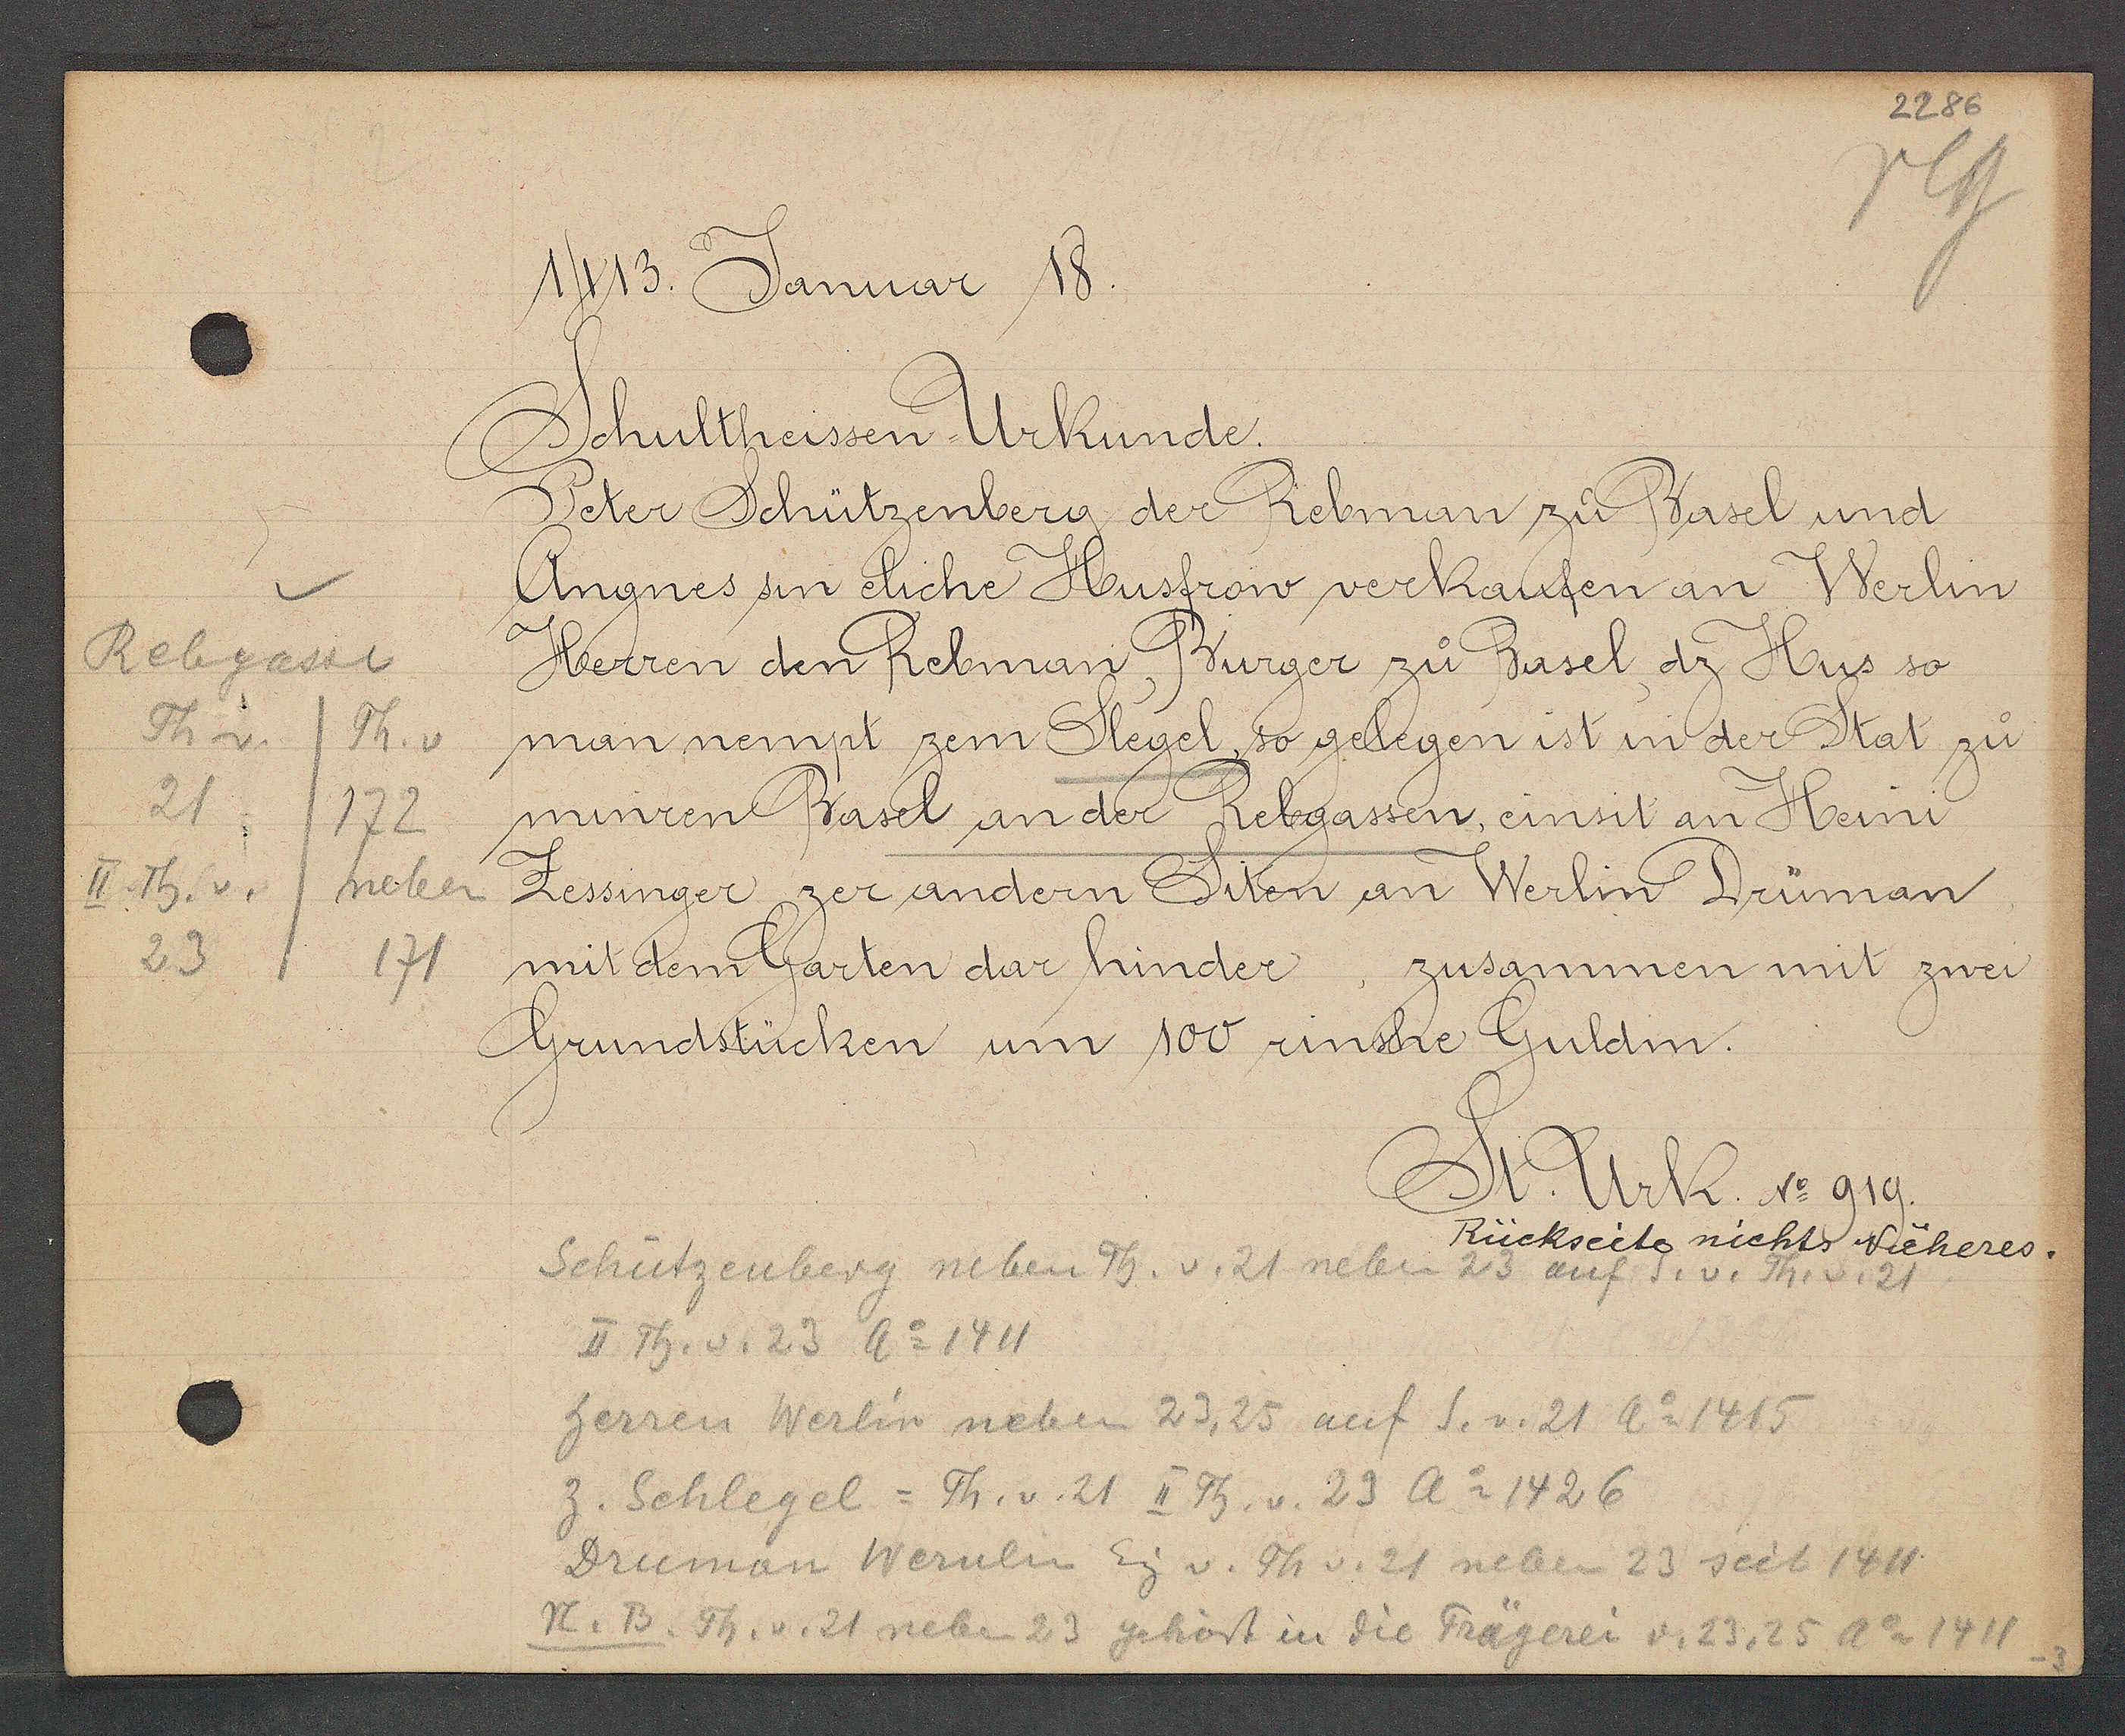
Transcript:
Rebgasse
Th. v.
Th. v
21
172
Th. v.
neben
23
171

1413. Januar 18.

Schultheissen Urkunde.
Peter Schützenberg der Rebman zu Basel und
Angnes sin eliche Husfrow verkaufen an Werlin
Herren den Rebman, Burger zu Basel, dz Hus so
man nempt zem Stegel, so gelegen ist in der Stat zu
minren Basel an der Rebgassen, einsit an Heini
Zessinger zer andern Siten an Werlin Drüman
mit dem Garten dar hinder, zusammen mit zwei
Grundstücken um 100 rinsche Guldin.

St. Urk. No. 919.

Schützenberg neben Th. v. 21 neben 23 auf S. v. Th. v. 21
Rückseite nichts Näheres.
II Th. v. 23 Ao 1411
herren Werlin neben 23, 25 auf S. v. 21 Ao 1415
z. Schlegel = Th. v. 21 II Th. v. 23 Ao 1426
Druman Wernlin Eig v. Th v. 21 neben 23 seit 1411
N. B. Th. v. 21 neben 23 gehört in die Trägerei v. 23, 25
Ao 1411